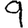
Digit: 9